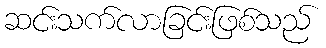
ဆင်းသက်လာခြင်းဖြစ်သည်